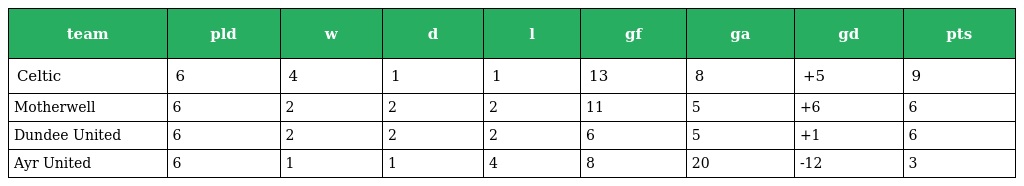
| team | pld | w | d | l | gf | ga | gd | pts |
 | --- | --- | --- | --- | --- | --- | --- | --- | --- |
 | Celtic | 6 | 4 | 1 | 1 | 13 | 8 | +5 | 9 |
 | Motherwell | 6 | 2 | 2 | 2 | 11 | 5 | +6 | 6 |
 | Dundee United | 6 | 2 | 2 | 2 | 6 | 5 | +1 | 6 |
 | Ayr United | 6 | 1 | 1 | 4 | 8 | 20 | -12 | 3 |